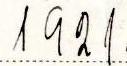
1921